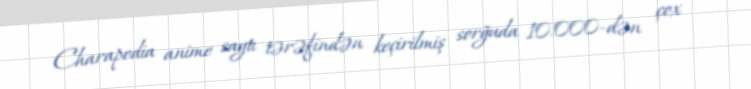
Charapedia anime saytı tərəfindən keçirilmiş sorğuda 10.000-dən çox